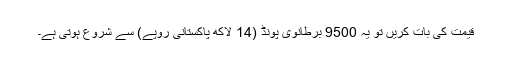
قیمت کی بات کریں تو یہ 9500 برطانوی پونڈ (14 لاکھ پاکستانی روپے) سے شروع ہوتی ہے۔